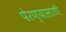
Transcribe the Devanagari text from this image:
पेरण्यासाठी